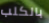
بالكلب